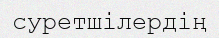
суретшілердің